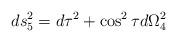
LaTeX: \begin{align*}ds_5^2 = d \tau^2 + \cos^2\tau d \Omega_4^2\end{align*}